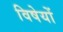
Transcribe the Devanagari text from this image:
विषेयों